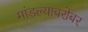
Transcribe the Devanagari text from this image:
मांडल्याबरोबर